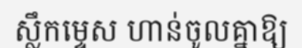
ស្លឹកម្ទេស ហាន់ចូលគ្នាឱ្យ